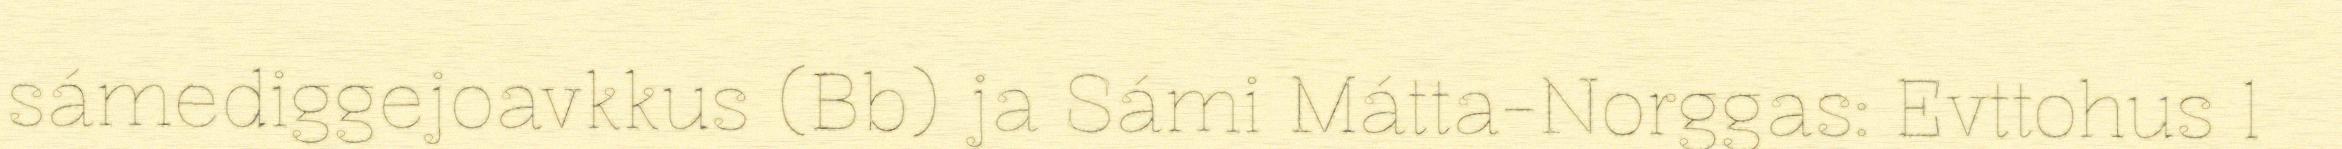
sámediggejoavkkus (Bb) ja Sámi Mátta-Norggas: Evttohus 1